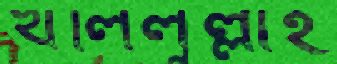
খলিলুল্লাহ